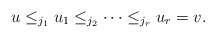
\begin{align*}u \leq_{j_{1}} u_{1} \leq_{j_{2}} \dotsb \leq_{j_{r}} u_{r} = v.\end{align*}